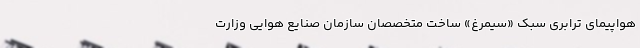
هواپیمای ترابری سبک «سیمرغ» ساخت متخصصان سازمان صنایع هوایی وزارت